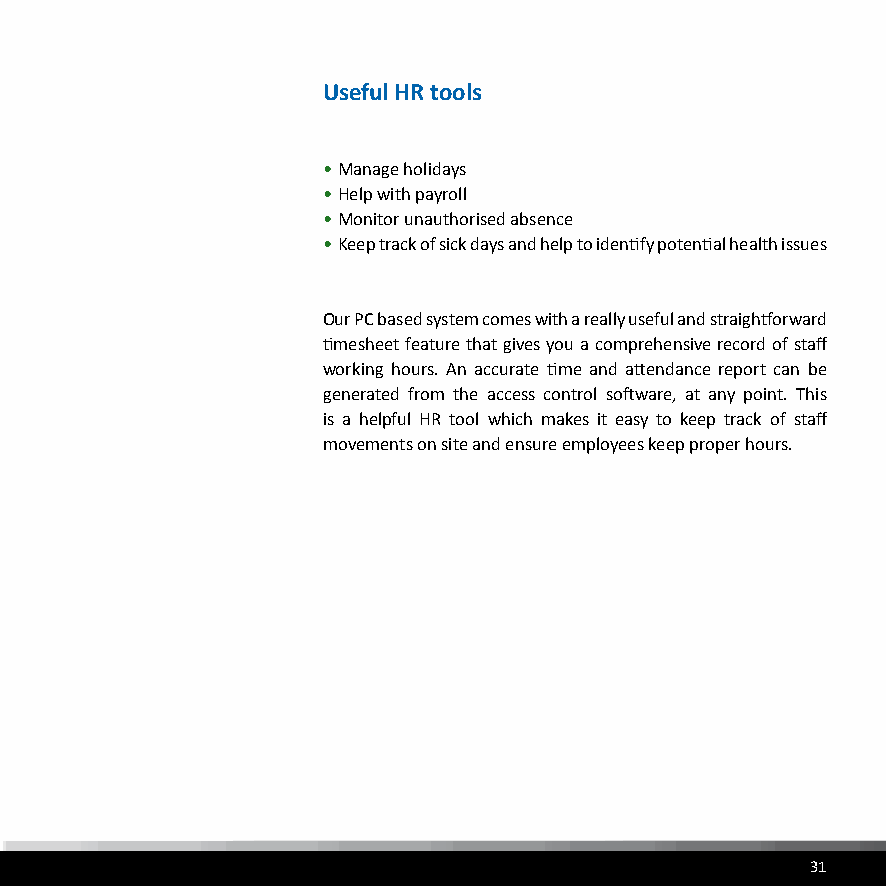
Useful HR tools
 • Manage holidays
 • Help with payroll
 • Monitor unauthorised absence
 • Keep track of sick days and help to identify potential health issues
 Our PC based system comes with a really useful and straightforward
 timesheet feature that gives you a comprehensive record of staff
 working hours. An accurate time and attendance report can be
 generated from the access control software, at any point. This
 is a helpful HR tool which makes it easy to keep track of staff
 movements on site and ensure employees keep proper hours.
 31